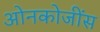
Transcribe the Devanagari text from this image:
ओनकोजींस